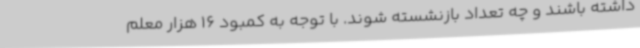
داشته باشند و چه تعداد بازنشسته شوند. با توجه به کمبود 16 هزار معلم